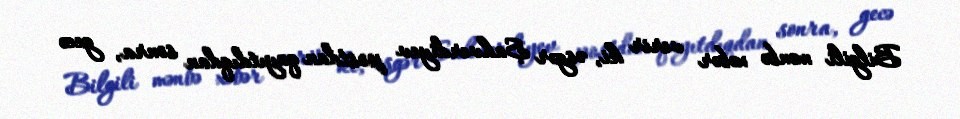
Bilgili mənbə xəbər verir ki, əsgər Şahverdiyev postdan qayıtdıqdan sonra, gecə